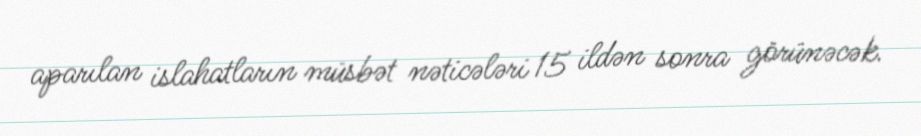
aparılan islahatların müsbət nəticələri 15 ildən sonra görünəcək.